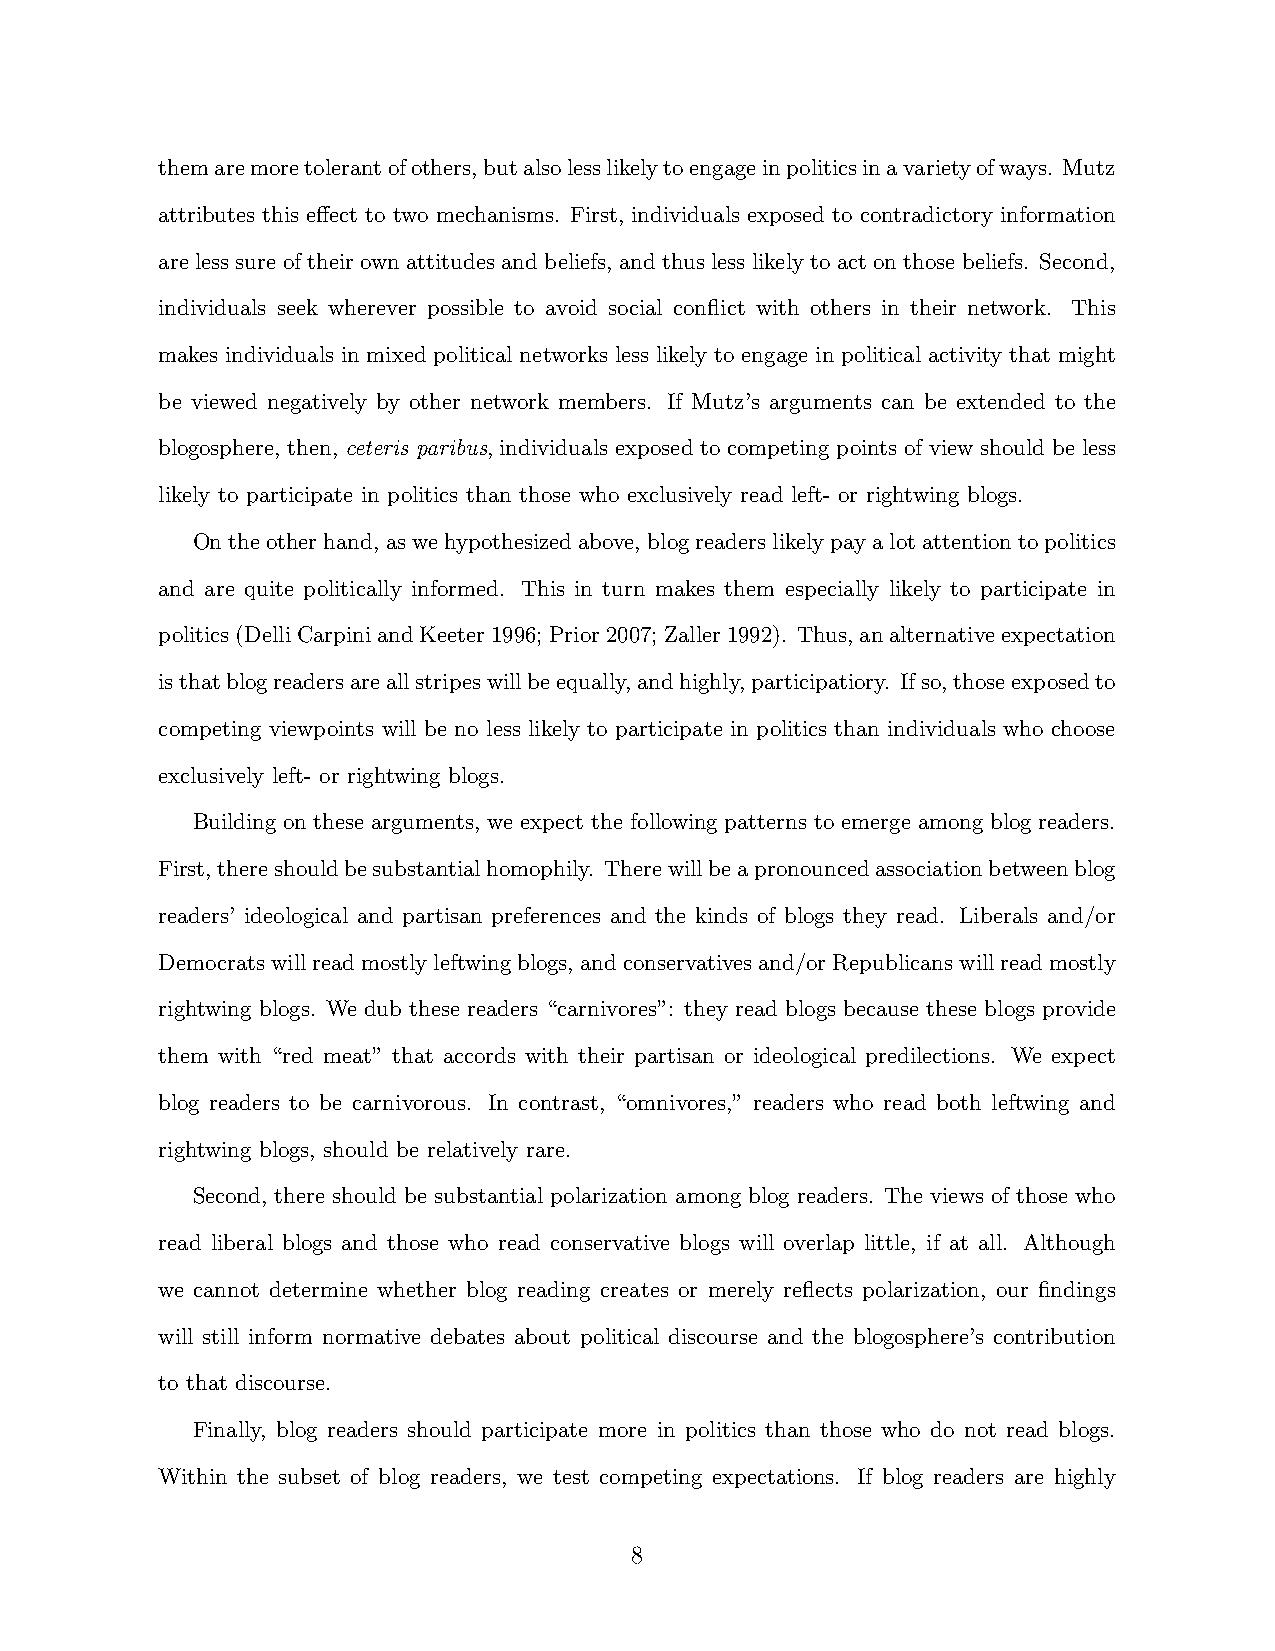
themaremoretolerantofothers,butalsolesslikelytoengageinpoliticsinavarietyofways. Mutz
 attributes this effect to two mechanisms. First, individuals exposed to contradictory information
 are less sure of their own attitudes and beliefs, and thus less likely to act on those beliefs. Second,
 individuals seek wherever possible to avoid social conflict with others in their network. This
 makes individuals in mixed political networks less likely to engage in political activity that might
 be viewed negatively by other network members. If Mutz’s arguments can be extended to the
 blogosphere, then, ceteris paribus, individuals exposed to competing points of view should be less
 likely to participate in politics than those who exclusively read left- or rightwing blogs.
 Ontheotherhand, aswehypothesizedabove, blogreaderslikelypayalotattentiontopolitics
 and are quite politically informed. This in turn makes them especially likely to participate in
 politics(DelliCarpiniandKeeter1996; Prior2007; Zaller1992). Thus,analternativeexpectation
 isthatblogreadersareallstripeswillbeequally,andhighly,participatiory. Ifso,thoseexposedto
 competing viewpoints will be no less likely to participate in politics than individuals who choose
 exclusively left- or rightwing blogs.
 Building on these arguments, we expect the following patterns to emerge among blog readers.
 First,thereshouldbesubstantialhomophily. Therewillbeapronouncedassociationbetweenblog
 readers’ ideological and partisan preferences and the kinds of blogs they read. Liberals and/or
 Democratswillreadmostlyleftwingblogs, andconservativesand/orRepublicanswillreadmostly
 rightwing blogs. We dub these readers “carnivores”: they read blogs because these blogs provide
 them with “red meat” that accords with their partisan or ideological predilections. We expect
 blog readers to be carnivorous. In contrast, “omnivores,” readers who read both leftwing and
 rightwing blogs, should be relatively rare.
 Second, there should be substantial polarization among blog readers. The views of those who
 read liberal blogs and those who read conservative blogs will overlap little, if at all. Although
 we cannot determine whether blog reading creates or merely reflects polarization, our findings
 will still inform normative debates about political discourse and the blogosphere’s contribution
 to that discourse.
 Finally, blog readers should participate more in politics than those who do not read blogs.
 Within the subset of blog readers, we test competing expectations. If blog readers are highly
 8